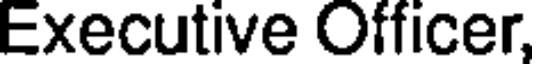
Executive Officer,